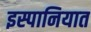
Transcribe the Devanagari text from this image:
इस्पानियात